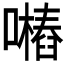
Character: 𱕖